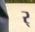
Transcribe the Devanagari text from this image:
र्‍